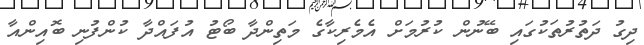
ދިގު ދަތުރުތަކުގައި ބޭނުން ކުރުމަށް އެމެރިކާގެ މަތިންދާ ބޯޓު އުފައްދާ ކުންފުނި ބޮއިންއާ